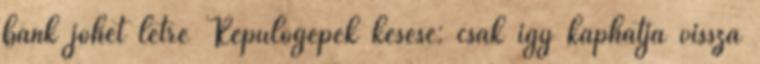
bank jöhet létre Repülőgépek késése: csak igy kaphatja vissza